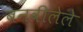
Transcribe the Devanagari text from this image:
बनवीलेले